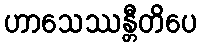
ဟာသေဿန္တီတိပေ